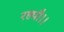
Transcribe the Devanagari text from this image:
रह्यौ।।